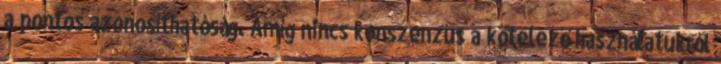
a pontos azonosíthatóság. Amíg nincs konszenzus a kötelező használatukról